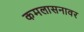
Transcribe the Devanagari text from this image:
कमलासनावर